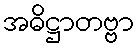
အဓိဋ္ဌာတဗ္ဗာ